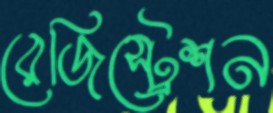
রেজিস্ট্রেশন